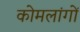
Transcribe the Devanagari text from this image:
कोमलांगों